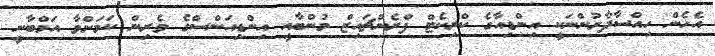
އެހެން ހިއްސާދާރުންނަކީ އިންޑިއާގެ ކްރިކެޓް ފްރެންޗައިޒް މުންބާއީ އިންޑިއަންސްގެ ވެރިން ކަމަށްވާ އަމްބާނީ